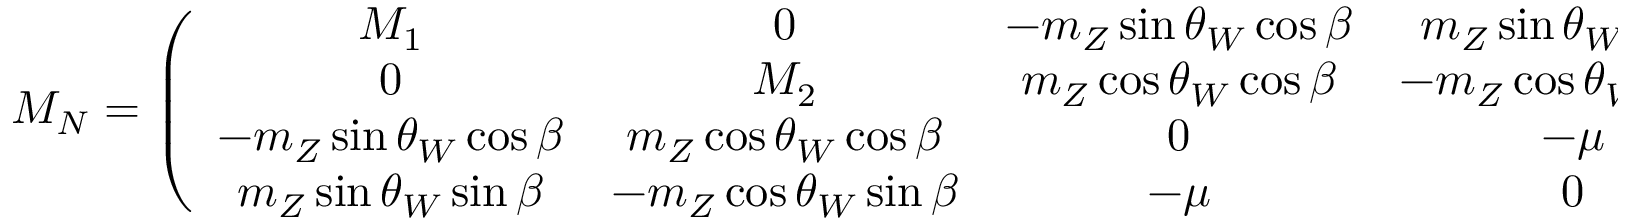
M _ { N } = \left( \begin{array} { c c c c } { { M _ { 1 } } } & { { 0 } } & { { - m _ { Z } \sin \theta _ { W } \cos \beta } } & { { m _ { Z } \sin \theta _ { W } \sin \beta } } \\ { { 0 } } & { { M _ { 2 } } } & { { m _ { Z } \cos \theta _ { W } \cos \beta } } & { { - m _ { Z } \cos \theta _ { W } \sin \beta } } \\ { { - m _ { Z } \sin \theta _ { W } \cos \beta } } & { { m _ { Z } \cos \theta _ { W } \cos \beta } } & { { 0 } } & { { - \mu } } \\ { { m _ { Z } \sin \theta _ { W } \sin \beta } } & { { - m _ { Z } \cos \theta _ { W } \sin \beta } } & { { - \mu } } & { { 0 } } \end{array} \right) .